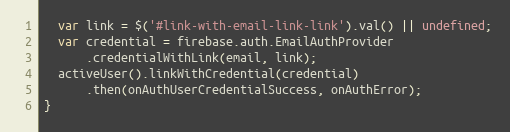
Language: JavaScript
  var link = $('#link-with-email-link-link').val() || undefined;
  var credential = firebase.auth.EmailAuthProvider
      .credentialWithLink(email, link);
  activeUser().linkWithCredential(credential)
      .then(onAuthUserCredentialSuccess, onAuthError);
}